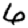
Digit: 6